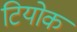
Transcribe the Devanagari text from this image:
टियोक